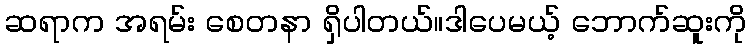
ဆရာက အရမ်း စေတနာ ရှိပါတယ်။ဒါပေမယ့် ဘောက်ဆူးကို